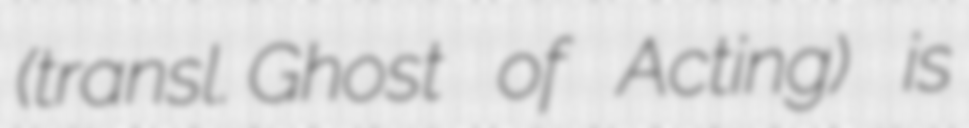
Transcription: (transl. Ghost of Acting) is